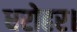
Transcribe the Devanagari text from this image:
धरोहर।